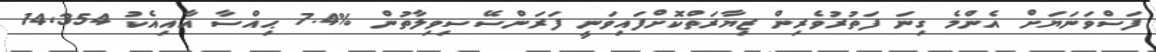
ފަސްވަނަޔަށް އެންމެ ގިނަ ފަތުރުވެރިން ޒިޔާރަތްކޮށްފައިވަނީ ފަރަންސޭސިވިލާތުން %7.4 ޙިއްސާ އާއިއެކު 14